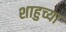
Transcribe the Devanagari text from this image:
शाहुच्या